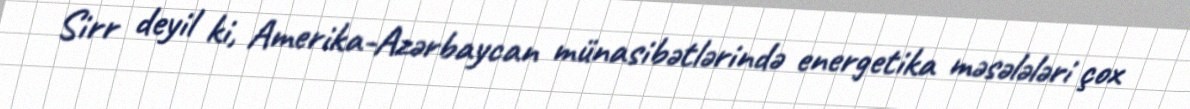
Sirr deyil ki, Amerika-Azərbaycan münasibətlərində energetika məsələləri çox